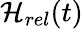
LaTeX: \mathcal{H}_{rel}(t)